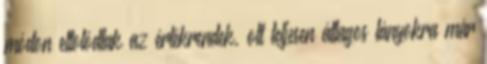
módon eltolódtak az értékrendek, ott teljesen átlagos lányokra már